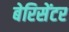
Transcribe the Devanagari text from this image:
बेरिसेंटर